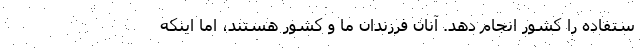
ستفاده را کشور انجام دهد. آنان فرزندان ما و کشور هستند، اما اینکه